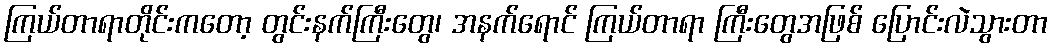
ကြယ်တာရာတိုင်းကတော့ တွင်းနက်ကြီးတွေ၊ အနက်ရောင် ကြယ်တာရာ ကြီးတွေအဖြစ် ပြောင်းလဲသွားတာ